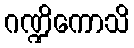
ဂဏ္ဍိကောသိ